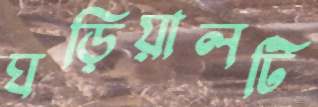
ঘড়িয়ালটি